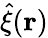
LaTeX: \hat{\xi}(\textbf{r})